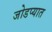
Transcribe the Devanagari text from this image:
जोडप्यात